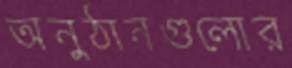
অনুঠানগুলোর